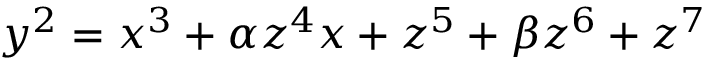
y ^ { 2 } = x ^ { 3 } + \alpha z ^ { 4 } x + z ^ { 5 } + \beta z ^ { 6 } + z ^ { 7 }